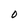
Character: O